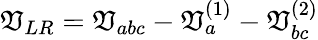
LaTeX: \mathfrak{V}_{LR}=\mathfrak{V}_{abc}-\mathfrak{V}_{a}^{(1)}-\mathfrak{V}_{bc}^{(2)}